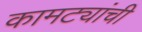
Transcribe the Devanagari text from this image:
कामट्यांची